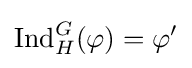
{\text{Ind}}_{H}^{G}(\varphi )=\varphi '